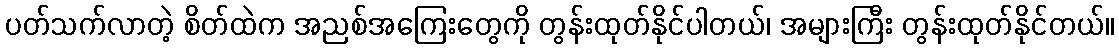
ပတ်သက်လာတဲ့ စိတ်ထဲက အညစ်အကြေးတွေကို တွန်းထုတ်နိုင်ပါတယ်၊ အများကြီး တွန်းထုတ်နိုင်တယ်။